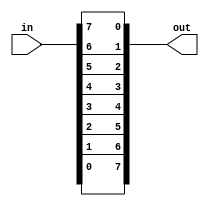
// 8bit 
module top_module( 
    input [7:0] in,
    output [7:0] out
);
    assign out = {in[0],in[1],in[2],in[3],in[4],in[5],in[6],in[7]};
    //:assign {out[0],out[1],out[2],out[3],out[4],out[5],out[6],out[7]} = in;
    
    /*for
    integer i;
    always @(*) begin	
        for (i=0; i<8; i++)
            out[i] = in[8-i-1];
    end
    */
        
            /* generate 
        generate
            genvar i;
            for (i=0; i<8; i = i+1) begin: my_block_name
                assign out[i] = in[8-i-1];
            end
        endgenerate
            */
endmodule